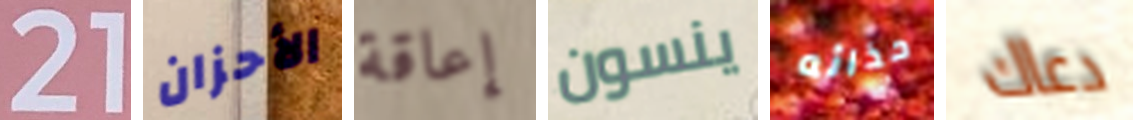
21 الأحزان إعاقة ينسون حذائه دعاك